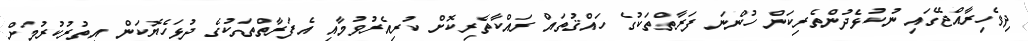
ދިވެހިރާއްޖޭގައި ނުކުޅެދުންތެރިކަން ހުންނަ ފަރާތްތަކުގެ ހައްޤުތައް ރައްކާތެރިކޮށް ކުރިއެރުވުމާއި އެފަރާތްތަކުގެ ދުޅަހެޔޮކަން އިތުރުކުރުމަށް